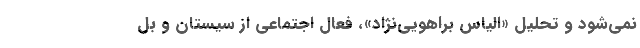
نمي‌شود و تحليل «الياس براهويي‌نژاد»، فعال اجتماعي از سيستان و بل